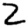
Digit: 2